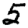
Digit: 5